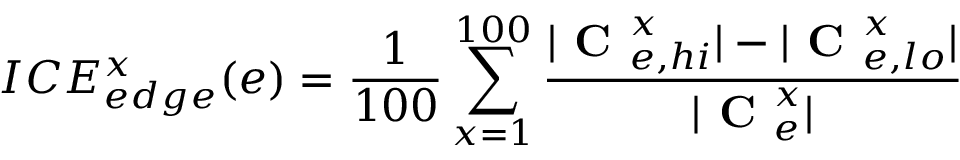
I C E _ { e d g e } ^ { x } ( e ) = \frac { 1 } { 1 0 0 } \sum _ { x = 1 } ^ { 1 0 0 } \frac { | \textbf { C } _ { e , h i } ^ { x } | - | \textbf { C } _ { e , l o } ^ { x } | } { | \textbf { C } _ { e } ^ { x } | }